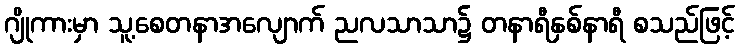
ဂျိုကားမှာ သူ့စေတနာအလျောက် ညလသာသာ၌ တနာရီနှစ်နာရီ စသည်ဖြင့်